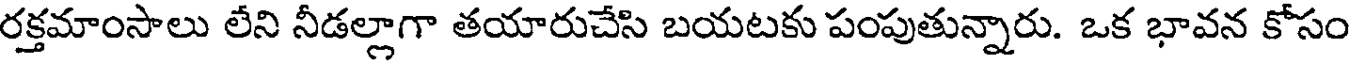
రక్తమాంసాలు లేని నీడల్లాగా తయారుచేసి బయటకు పంపుతున్నారు. ఒక భావన కోసం